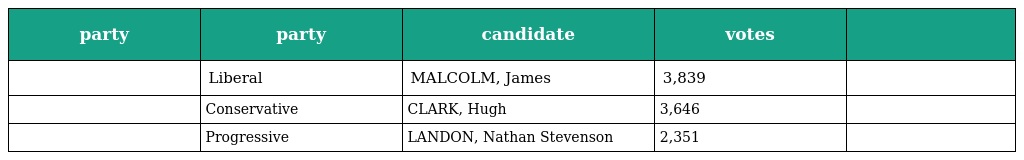
| party | party | candidate | votes |  |
 | --- | --- | --- | --- | --- |
 |  | Liberal | MALCOLM, James | 3,839 |  |
 |  | Conservative | CLARK, Hugh | 3,646 |  |
 |  | Progressive | LANDON, Nathan Stevenson | 2,351 |  |